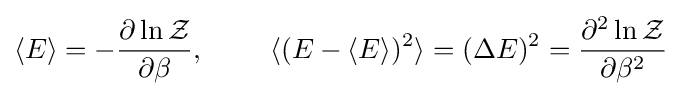
\langle E\rangle =-{\frac {\partial \ln {\mathcal {Z}}}{\partial \beta }},\qquad \ \langle (E-\langle E\rangle )^{2}\rangle =(\Delta E)^{2}={\frac {\partial ^{2}\ln {\mathcal {Z}}}{\partial \beta ^{2}}}